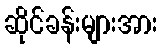
ဆိုင်ခန်းများအား